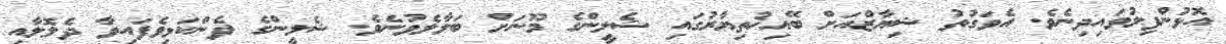
އޮޅުންފިލުވައިދިނެވެ. އެވަގުތު ޝިޔާޒްއަށް ބޭއިޚުތިޔާރުގައި ޝެލީންގެ މޫނަށް ބަލާލެވުނެވެ. ޝެލީންގެ ފެންކަޅިވެފައިވާ ދެލޮލާއި